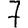
Digit: 7